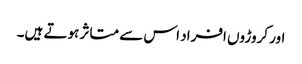
اور کروڑوں افراد اس سے متاثر ہوتے ہیں۔